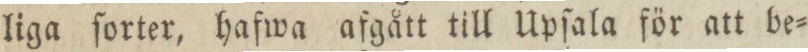
liga ſorter, hafwa afgått till Upſala för att be=